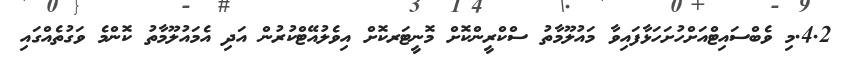
4.2.މި ވެބްސައިޓްއަށްހުށަހަޅާފައިވާ މައުލޫމާތު ސްކްރީންކޮށް މޮނީޓަރކޮށް އިވެލުއޭޓްކުރުން އަދި އެމައުލޫމާތު ކޮންމެ ވަގުތެއްގައި